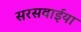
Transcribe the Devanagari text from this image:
सरसवाईया